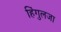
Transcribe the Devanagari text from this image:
हिंगुलजा